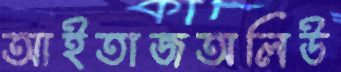
আইতাজঅলিউ